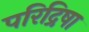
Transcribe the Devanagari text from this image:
परिद्रिषा